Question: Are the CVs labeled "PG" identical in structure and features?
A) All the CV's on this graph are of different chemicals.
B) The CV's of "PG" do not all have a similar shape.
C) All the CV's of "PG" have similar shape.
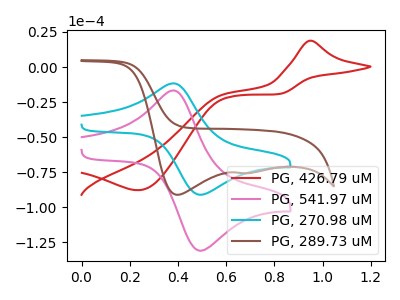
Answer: <think>The red curve "PG, 426.79 uM" has an anodic peak at (0.95V, 18.75uA) and a cathodic peak at (0.25V, -87.80uA). The pink curve "PG, 541.97 uM" has an anodic peak at (0.40V, -16.75uA) and a cathodic peak at (0.50V, -131.00uA). The cyan curve "PG, 270.98 uM" has an anodic peak at (0.40V, -11.65uA) and a cathodic peak at (0.50V, -91.10uA). The brown curve "PG, 289.73 uM" has cathodic peaks at (0.40V, -91.10uA) (0.70V, -75.65uA).
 "PG, 426.79 uM" and "PG, 541.97 uM" have at least one peak that do not match. "PG, 426.79 uM" and "PG, 270.98 uM" have at least one peak that do not match. "PG, 426.79 uM" and "PG, 289.73 uM" have at least one peak that do not match. All the peaks in "PG, 541.97 uM" have a peak in "PG, 270.98 uM" at the same potential. "PG, 541.97 uM" and "PG, 289.73 uM" have at least one peak that do not match. "PG, 270.98 uM" and "PG, 289.73 uM" have at least one peak that do not match.</think>
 <answer>C) All the CV's of "PG" have similar shape.</answer>
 <eval>C</eval>